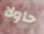
حاولا